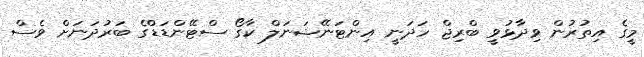
މީގެ އިތުރުން ވިދާޅުވީ ބްރިޖް ހަދަނީ އިންޓަނޭޝަނަލް ކާގޯ ސްޓޭންޑަޑްގެ ބަރުދަނަށް ވެސް